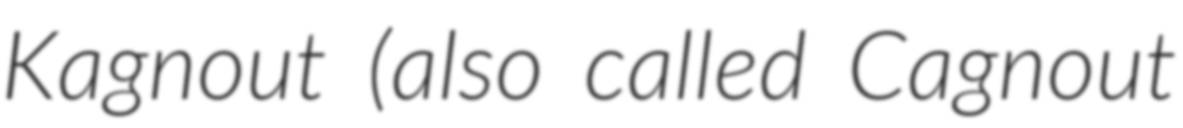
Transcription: Kagnout (also called Cagnout